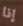
إذا